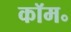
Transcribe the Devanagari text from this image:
कॉम॰